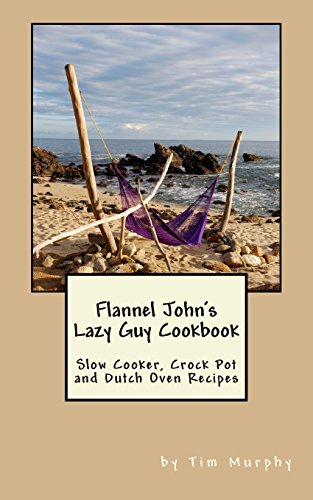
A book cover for Flannel John's Lazy Guy Cookbook: Slow Cooker, Crock Pot and Dutch Oven Recipes (Cookbooks for Guys) (Volume 20); Tim Murphy; Cookbooks, Food & Wine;